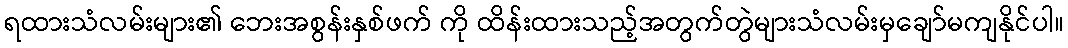
ရထားသံလမ်းများ၏ ဘေးအစွန်းနှစ်ဖက် ကို ထိန်းထားသည့်အတွက်တွဲများသံလမ်းမှချော်မကျနိုင်ပါ။